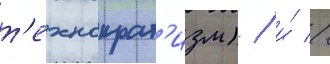
т'ехнократ'изм) / и́ //